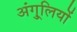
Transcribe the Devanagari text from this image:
अंगु्लियों